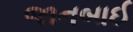
જાનબાઈ